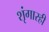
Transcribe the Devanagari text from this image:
शृंगारही